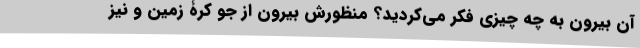
آن بیرون به چه چیزی فکر می‌کردید؟ منظورش بیرون از جوّ کرۀ زمین و نیز